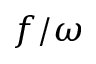
f / \omega